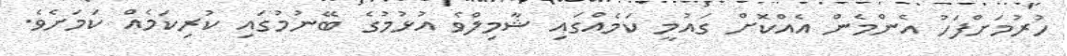
ހުރުމަށްފަހު އެންމެން އެއްކޮށް ގައުމީ ކަމެއްގައި ޝާމިލްވެ އުޅުމުގެ ބޭނުމުގައި ކުރިކަމެއް ކަމަށެވެ.